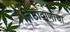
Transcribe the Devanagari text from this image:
निष्ठावाणांचा